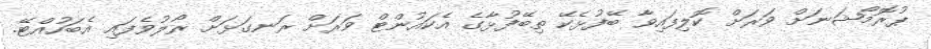
ޕުރޮމޯޝަނަށް ވަރަށް ކޮލިފައިވާ ބޭފުޅެކޭ ތިބޭފުޅާގެ އެކައުންޓް ވަރަށް ރަނގަޅަށް ރޯލުވެފައި އެބަހުއްޓޭ.